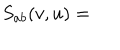
S _ { a b } ( v , u ) =